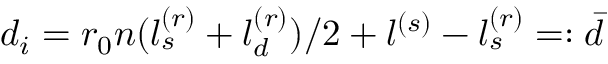
d _ { i } = r _ { 0 } n ( l _ { s } ^ { ( r ) } + l _ { d } ^ { ( r ) } ) / 2 + l ^ { ( s ) } - l _ { s } ^ { ( r ) } = : \bar { d }